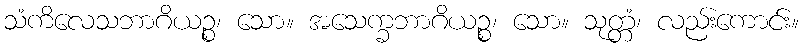
သံကိလေသဘာဂိယဉ္စ၊ သော။ အသေက္ခဘာဂိယဉ္စ၊ သော။ သုတ္တံ၊ လည်းကောင်း။